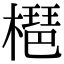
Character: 𣚒